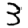
Digit: 3